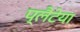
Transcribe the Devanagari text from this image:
प्लैटेया